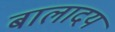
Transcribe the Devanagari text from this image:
बालादय